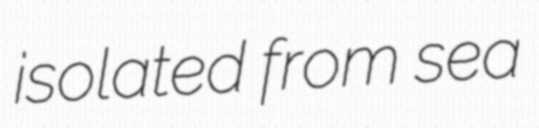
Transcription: isolated from sea